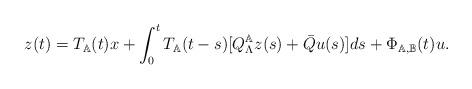
LaTeX: \begin{align*} z(t)=T_\mathbb{A}(t)x+\int_0^tT_\mathbb{A}(t-s)[Q_\Lambda^\mathbb{A}z(s)+\bar{Q}u(s)]ds+\Phi_{\mathbb{A},\mathbb{B}}(t)u.\end{align*}